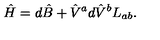
\hat { H } = d \hat { B } + { \hat { V } } ^ { a } d { \hat { V } } ^ { b } L _ { a b } .